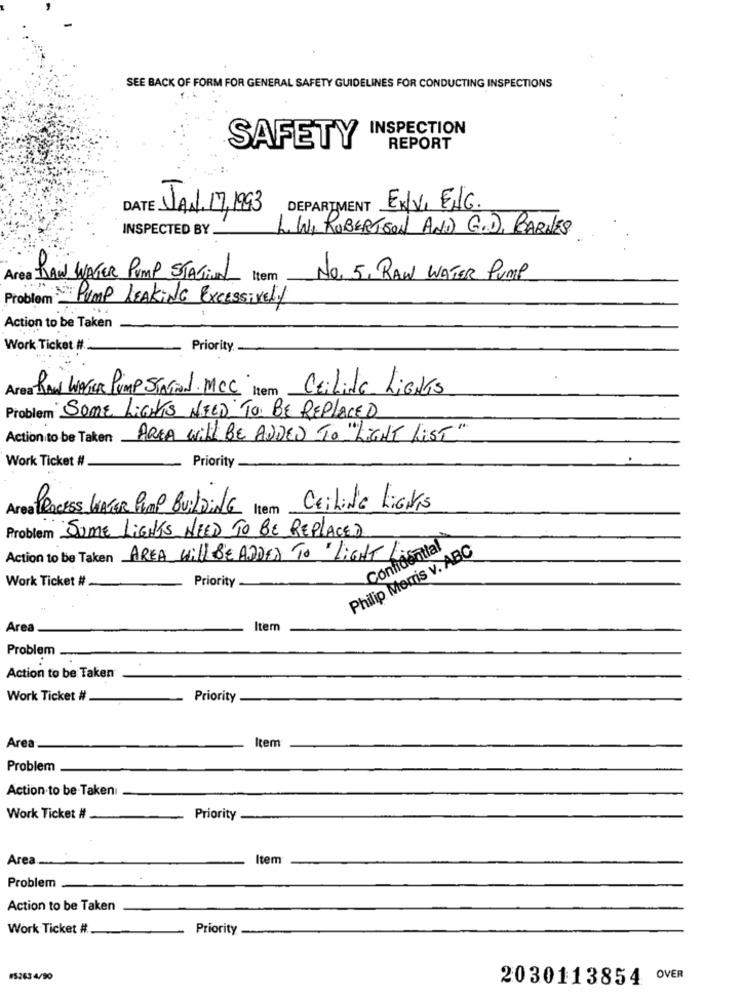
SEE BACK OF FORM FOR GENERAL SAFETY GUIDELINES FOR CONDUCTING INSPECTIONS
INSPECTION
SAFETY
REPORT
DATE JAN. 17, 93
DEPARTMENT ENVI ENG.
INSPECTED BY
LW, ROBERTSON AND GOD, BARNES
Area RAW WATER PUMP STAGiUNL Item
No. 5, RAW WATER PUMP
Problem : Pump LEAKING Excessively
.. .
Action to be Taken
Work Ticket #
Priority
Area RAN WATER PUMP STATEN. MCC item CEilide LiENTS
Problem SOME LIGHTS NEED TO BE REPLACED
Action to be Taken
AREA WILL BE ADDED TO "LIGHT LIST"
Work Ticket #
Priority
Area PROCESS LAGER Pimp BUILDING Item CEiliNE LiGNis
Problem SOME LIGHTS NEED TO BE REPLACED
Philip Morris v. ABC
Confidential
Action to be Taken AREA Will BE ADDED TO LIGHT LA
Work Ticket #
Priority
Area
Item
Problem
Action to be Taken
Work Ticket #
Priority
Item
Area
Problem
Action to be Taken
Work Ticket #
Priority
Area ..
Item
Problem
Action to be Taken
Work Ticket #
Priority
#5263 4/90
2030113854 OVER